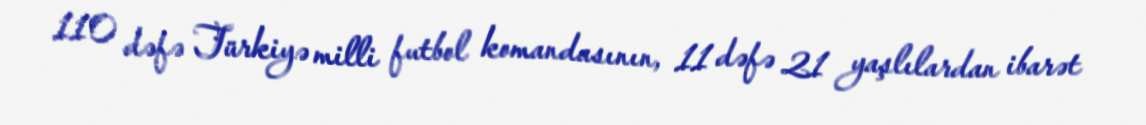
110 dəfə Türkiyə milli futbol komandasının, 11 dəfə 21 yaşlılardan ibarət